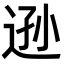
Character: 逊